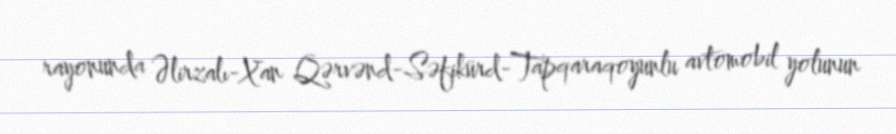
rayonunda Əlirzalı-Xan Qərvənd-Səfikürd-Tapqaraqoyunlu avtomobil yolunun